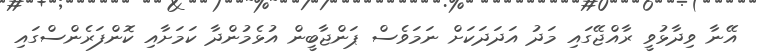
އޭނާ ވިދާޅުވީ ރާއްޖޭގައި މަދު އަދަދަކަށް ނަމަވެސް ޕަންޖާބީން އުޅެމުންދާ ކަމަށާއި ކޮންފަރެންސްގައި